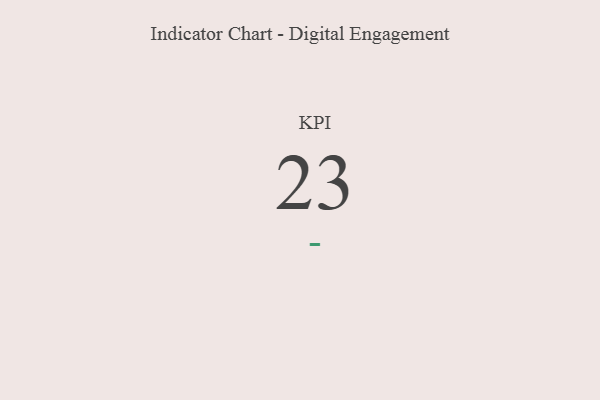
{"axis": {"x": "KPI", "y": "Value"}, "legend": [""], "data": [{"x": "KPI", "y": 23, "type": ""}]}